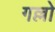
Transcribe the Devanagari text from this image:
गल्लो